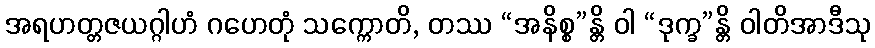
အရဟတ္တဇယဂ္ဂါဟံ ဂဟေတုံ သက္ကောတိ, တဿ “အနိစ္စ”န္တိ ဝါ “ဒုက္ခ”န္တိ ဝါတိအာဒီသု